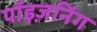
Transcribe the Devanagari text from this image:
पॉइज़निंग